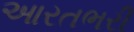
આરતભરી